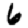
Digit: 6